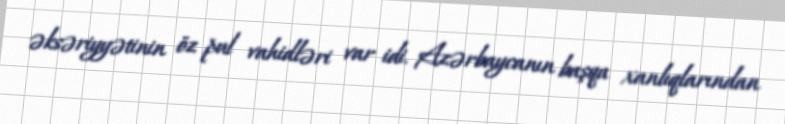
əksəriyyətinin öz pul vahidləri var idi. Azərbaycanın başqa xanlıqlarından